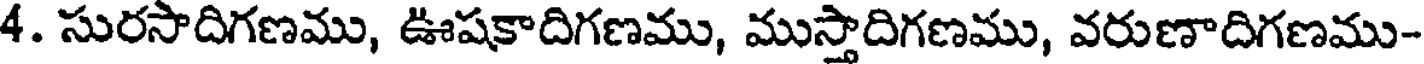
4. సురసాదిగణము, ఊషకాదిగణము, ముస్తాదిగణము, వరుణాదిగణము-